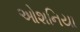
ઓશનિયા